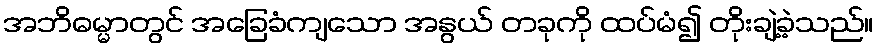
အဘိဓမ္မာတွင် အခြေခံကျသော အနွယ် တခုကို ထပ်မံ၍ တိုးချဲ့ခဲ့သည်။